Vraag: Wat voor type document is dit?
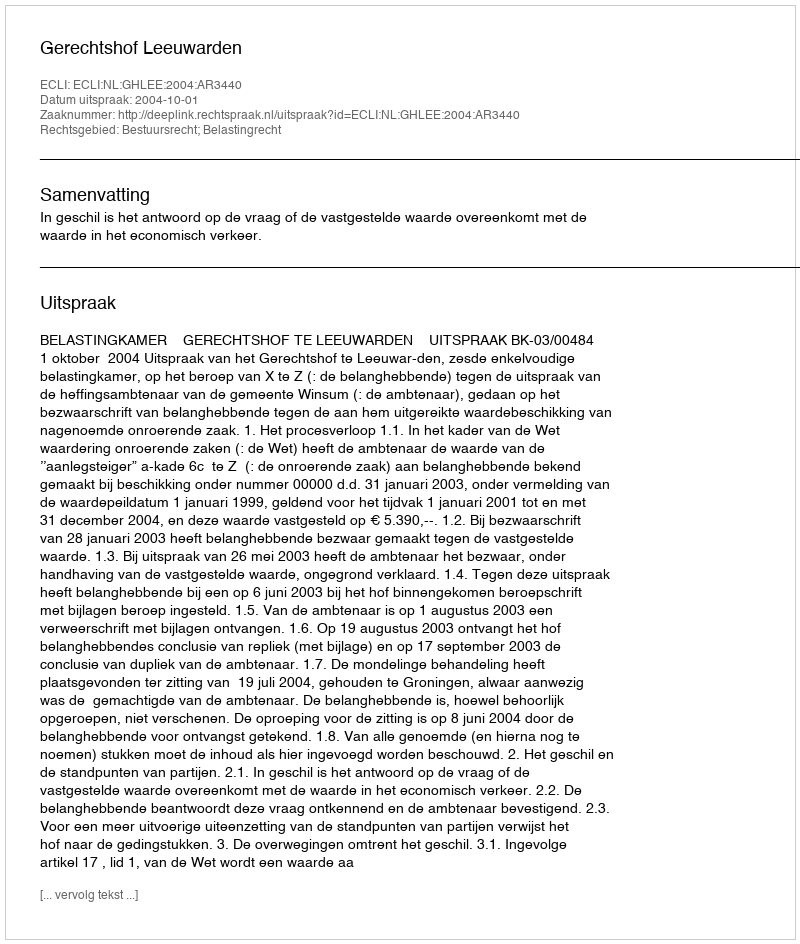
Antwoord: Uitspraak